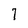
Character: 7